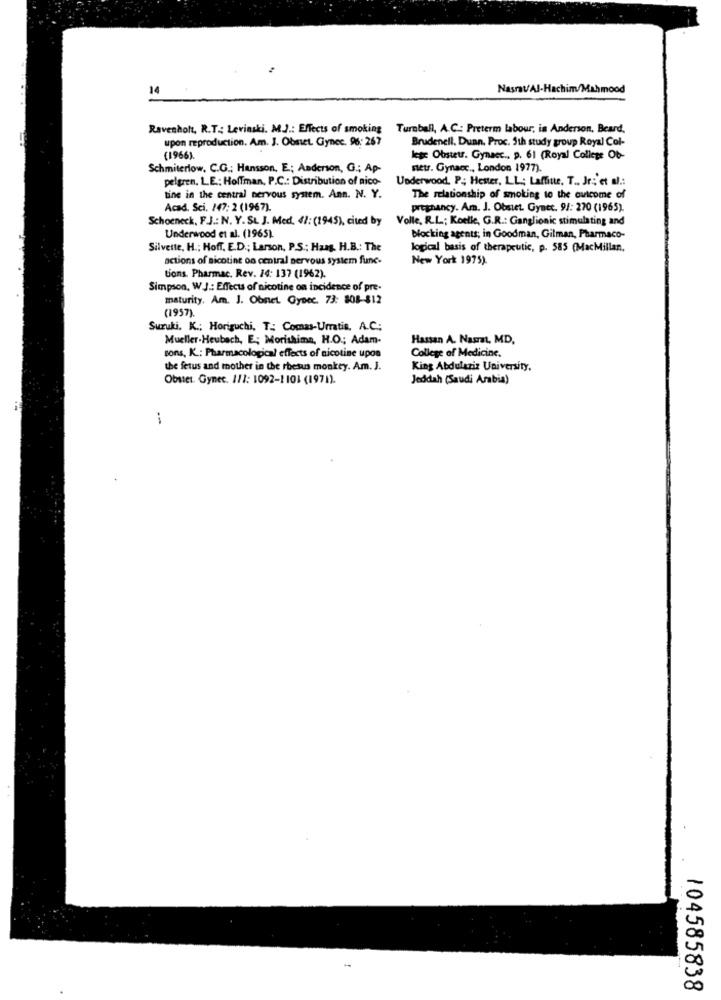
14
NasratAl-Hachim/Mahmood
Ravenholt, R.T .: Levinski. M.J .: Effects of smoking Turnball, A.C .: Preterm labour, is Anderson, Beard,
upon reproduction. Am. J. Obstet Gynec. 96: 267
Brudenell. Duan. Proc. 5th study group Royal Col-
(1966).
lege Obstetr. Gynacc ., p. 61 (Royal College Ob-
Schmiterlow, C.G .; Hansson, E .; Anderson, G .; Ap-
metr. Gynacc ., London 1977).
pelgren. L.E .: Hoffman, P.C .: Distribution of nico-
Underwood. P .; Hester, LL; Laffine, T ., Jr .; 'et al .:
tine in the central nervous system. Ann. N. Y.
The relationship of smoking to the ovicome of
Acad. Sci. 147: 2 (1967).
pregnancy. Am. J. Obstet. Gyatt. 9/: 270 (1965).
Schoeneck, F.J .: N. Y. SL J. Med. 41: (1945), cited by
Volle, R.L .; Koelle, G.R .: Ganglionic stimulating and
Underwood et al. (1965).
blocking agents; in Goodman, Gilman, Pharmaco-
Silverte, H .: Hoff, E.D .; Larson, P.S .: Haag, H.B .: The
logical basis of therapeutic, p. 585 (MacMillan.
actions of nicotine on central nervous system fune-
New York 1975).
tions. Pharmac. Rev. 14: 137 (1962).
Simpson, W.J .: Effects of nicotine on incidence of pre-
maturity. Am. J. Obnet Gysec. 73: 308-812
(1957).
Suzuki. K .; Horiguchi, T .; Comas-Umatis, A.C:
Mueller.Heubach, E; Morishima, H.O .; Adam-
Hassan A. Nasrat, MD,
sons, K .: Pharmacological effects of nicotine upon
College of Medicine.
the fetus and mother in the rhesus monkey. Am. J.
King Abdulaziz University,
Obstet Gynec. 111: 1092-1101 (1971).
Jeddah (Saudi Arabia)
--
104585838